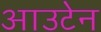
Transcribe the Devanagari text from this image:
आउटेन